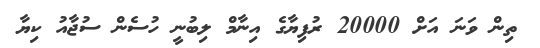
ތިން ވަނަ އަށް 20000 ރުފިޔާގެ އިނާމް ލިބުނީ ހުސެން ސުޖާއު ކިޔާ